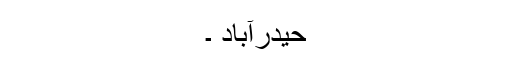
حیدرآباد ۔